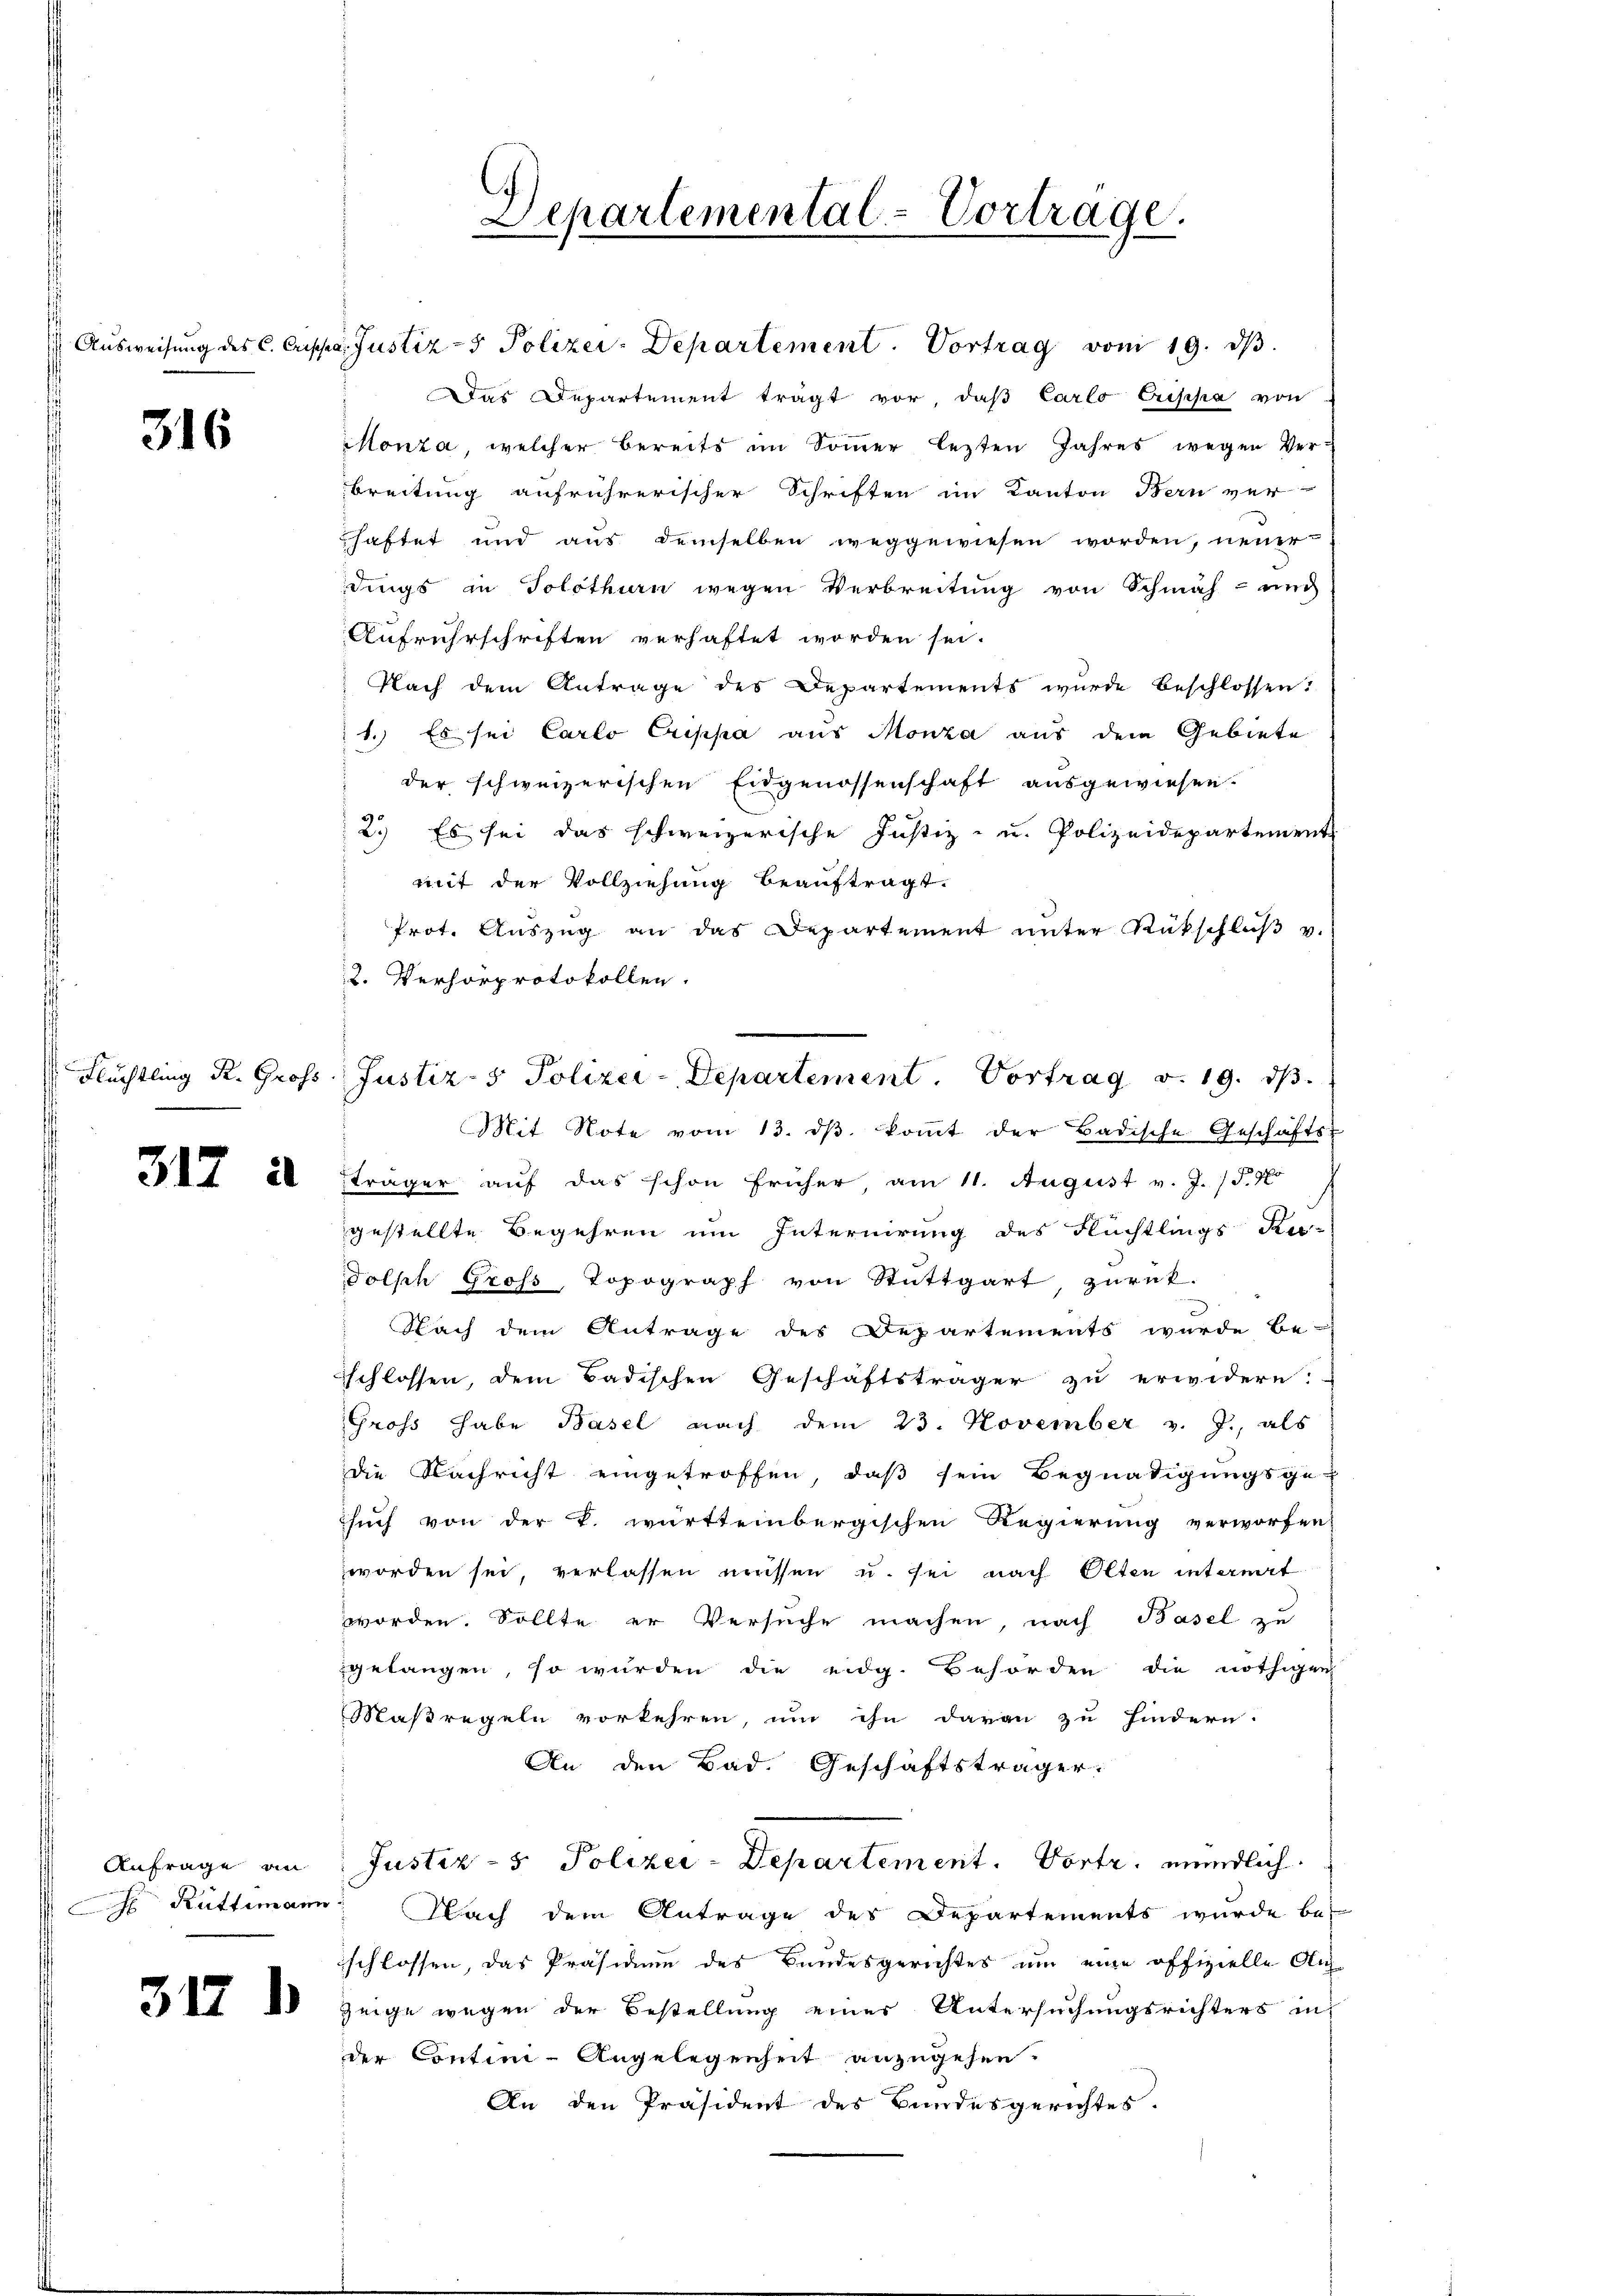
316

Aŭsweisŭng des C. Crippa. Justiz - Polizei-Departement. Vortrag vom 19. dβ.
Das Departement trägt vor, daβ Carlo Crischa von
Monza, welcher bereits im Sommer lezten Jahres wegen Ver¬
Breitung aufrührerischer Schriften im Kanton Bern ver-
haftet und aŭs demselben weggewiesen worden, neuer
dings in Solothurn wegen Verbreitung von Schmäh- und
Aufruhrschriften verhaftet worden sei.
Nach dem Antrage des Departements wurde beschlossen:
1.) Es sei Carlo Crippa aus Monza aus dem Gebiete
der schweizerischen Eidgenossenschaft ausgewiesen.
2.) Es sei das schweizerische Justiz- und Polizeidepartement
mit der Vollziehung beauftragt.
Prot. Aŭszŭg an das Departement unter Rückschlŭβ v.
2. Verhörprotokollen.
Mit Note vom 13. dβ koṁt der Badische Geschäfts-
7 20 träger auf das schon früher, am 11. August v. J. 15. 76
gestellte Begehren um Internirung des Flüchtlings Ru-
dolph Gross, Topograph von Stuttgart zurük-
3
Nach dem Antrage des Departements wurde be-
schlossen, dem Badischen Geschäftsträger zu erwidern.
Gross habe Basel nach dem 23. November v. J., als
die Nachricht eingetroffen, daß sein Begnadigungsge-
such von der k. württembergischen Regierung verworfen,
worden sei, verlassen müssen u. sei nach Olten internit
worden. Sollte er Versuche machen, nach Basel zu
gelangen, so würden die eidg. Behörden die nöthigen
Maßregeln vorkehren, um ihn daran zu findern.
An den Bad. Geschäftsträger.
Anfrage an: Justiz-5 Polizei-Departement. Portr. mündlich
 Rüttimann: Nach dem Antrage des Departements wurde be-
schlossen, das Präsidium des Bundesgerichtes um eine offizielle Aus¬
7 d zeige wegen der Bestellung einer Untersuchungsrichters in
der Contini-Angelegenheit anzugehen.
An den Präsident des Bundesgerichtes.

Departemental-Vortrage.

Flüchtling R. Gross, Justiz- & Polizei-Departement. Vortrag v. 19. ds.